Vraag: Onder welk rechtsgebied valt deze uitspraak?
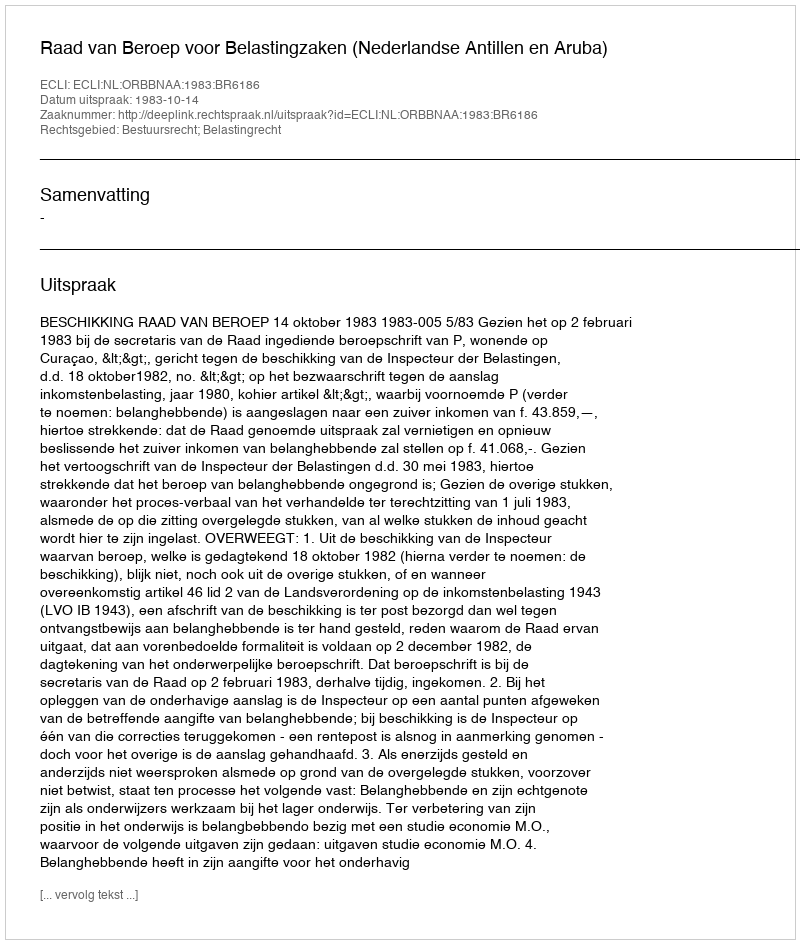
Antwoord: Bestuursrecht; Belastingrecht